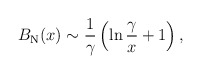
\begin{align*}B_{\rm N}(x) \sim {1\over \gamma}\left(\ln{\gamma\over x} + 1 \right), \end{align*}